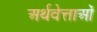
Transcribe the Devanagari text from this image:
अर्थवेत्ताओं